Indian Civil Veterinary Department memoirs
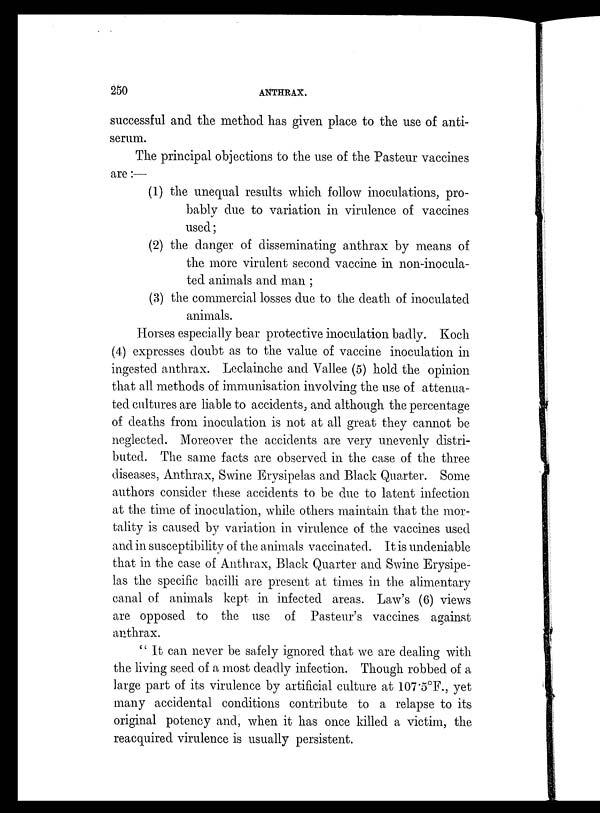
250
ANTHRAX.
successful and the method has given place to the use of anti-
serum.
The principal objections to the use of the Pasteur vaccines
are:—
(1) the unequal results which follow inoculations, pro-
bably due to variation in virulence of vaccines
used;
(2) the danger of disseminating anthrax by means of
the more virulent second vaccine in non-inocula-
ted animals and man;
(3) the commercial losses due to the death of inoculated
animals.
Horses especially bear protective inoculation badly. Koch
(4) expresses doubt as to the value of vaccine inoculation in
ingested anthrax. Leclainche and Vallee (5) hold the opinion
that all methods of immunisation involving the use of attenua-
ted cultures are liable to accidents, and although the percentage
of deaths from inoculation is not at all great they cannot be
neglected. Moreover the accidents are very unevenly distri-
buted. The same facts are observed in the case of the three
diseases, Anthrax, Swine Erysipelas and Black Quarter. Some
authors consider these accidents to be due to latent infection
at the time of inoculation, while others maintain that the mor-
tality is caused by variation in virulence of the vaccines used
and in susceptibility of the animals vaccinated. It is undeniable
that in the case of Anthrax, Black Quarter and Swine Erysipe-
las the specific bacilli are present at times in the alimentary
canal of animals kept in infected areas. Law's (6) views
are opposed to the use of Pasteur's vaccines against
anthrax.
" It can never be safely ignored that we are dealing with
the living seed of a most deadly infection. Though robbed of a
large part of its virulence by artificial culture at 107.5°F., yet
many accidental conditions contribute to a relapse to its
original potency and, when it has once killed a victim, the
reacquired virulence is usually persistent.